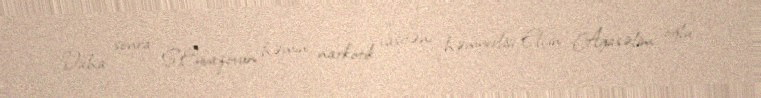
Daha sonra S.Eyvazovun həmin narkotik vasitəni həmyerlisi Elçin Ağasəlim oğlu